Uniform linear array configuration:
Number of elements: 16
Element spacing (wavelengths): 0.25
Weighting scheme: hamming
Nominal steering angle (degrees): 30
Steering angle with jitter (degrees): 30.258
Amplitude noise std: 0.05
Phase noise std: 0.05

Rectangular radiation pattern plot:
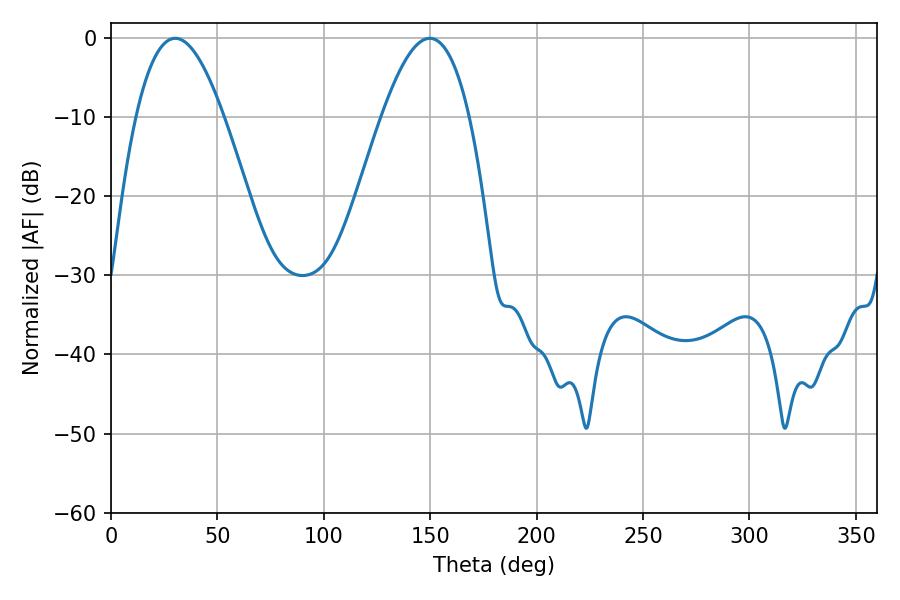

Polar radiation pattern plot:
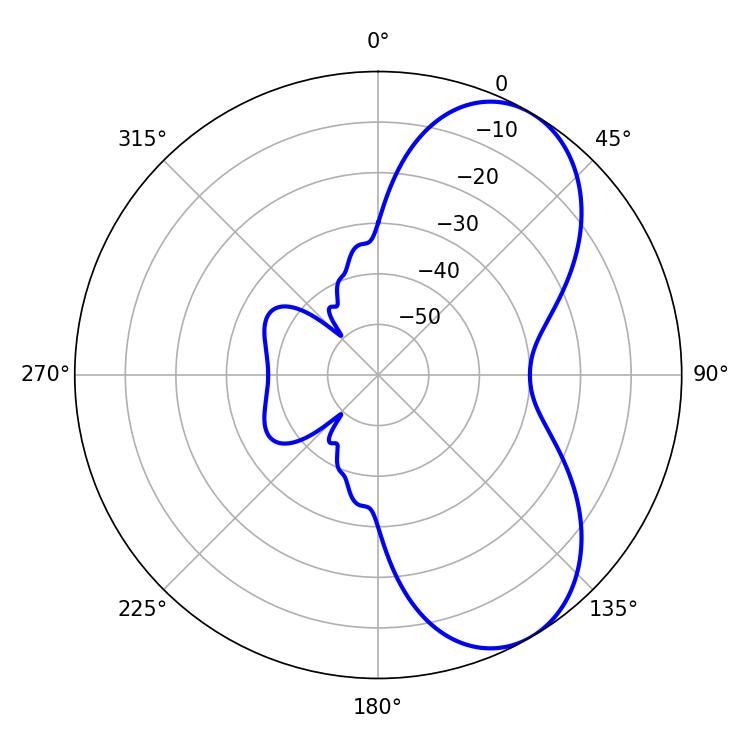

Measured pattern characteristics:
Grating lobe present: FALSE
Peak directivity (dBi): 6.583
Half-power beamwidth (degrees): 22.5
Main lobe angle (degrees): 30.24